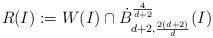
LaTeX: \begin{align*}R(I):=W(I)\cap \dot{B}^{\frac{4}{d+2}}_{d+2,\frac{2(d+2)}{d}}(I)\end{align*}